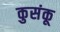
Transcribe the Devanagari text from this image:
कुसंकू